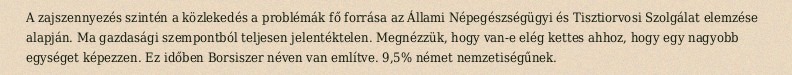
A zajszennyezés szintén a közlekedés a problémák fő forrása az Állami Népegészségügyi és Tisztiorvosi Szolgálat elemzése alapján. Ma gazdasági szempontból teljesen jelentéktelen. Megnézzük, hogy van-e elég kettes ahhoz, hogy egy nagyobb egységet képezzen. Ez időben Borsiszer néven van említve. 9,5% német nemzetiségűnek.